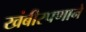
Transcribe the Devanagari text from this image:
खंबीरपणाने